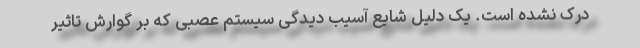
درک نشده است. یک دلیل شایع آسیب دیدگی سیستم عصبی که بر گوارش تاثیر